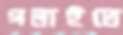
গলাইতে